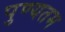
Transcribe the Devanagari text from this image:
पुण्यतम